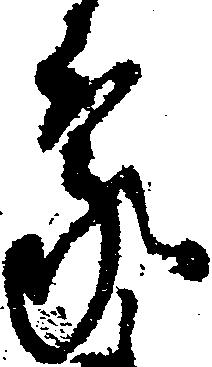
蒙